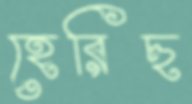
হেরিছ